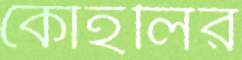
কোহলির